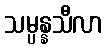
သမ္ပန္နသီလာ